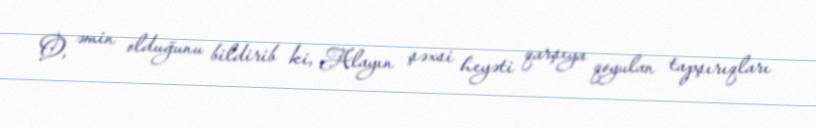
O, əmin olduğunu bildirib ki, Alayın şəxsi heyəti qarşıya qoyulan tapşırıqları